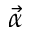
\vec { \alpha }